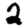
Digit: 2